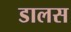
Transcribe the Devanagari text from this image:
डालस